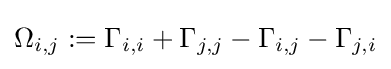
\Omega _{i,j}:=\Gamma _{i,i}+\Gamma _{j,j}-\Gamma _{i,j}-\Gamma _{j,i}